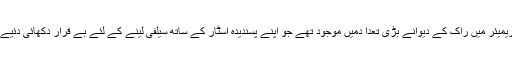
پریمیئر میں راک کے دیوانے بڑی تعدا دمیں موجود تھے جو اپنے پسندیدہ اسٹار کے ساتھ سیلفی لینے کے لئے بے قرار دکھائی دئیے ۔